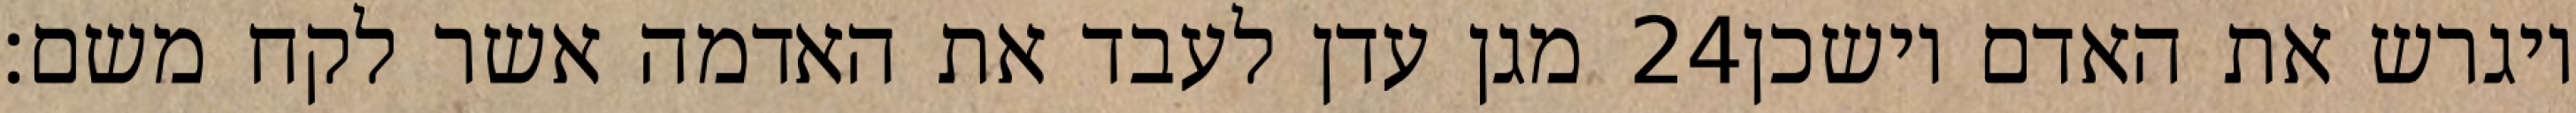
מגן עדן לעבד את האדמה אשר לקח משם׃ ‎24‏ ויגרש את האדם וישכן